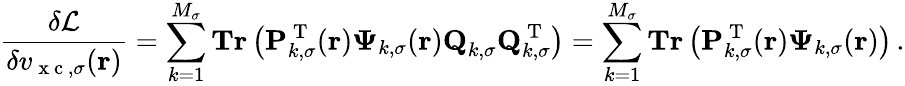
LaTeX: \frac{\delta\mathcal{L}}{\delta v_{\mathrm{~x~c~},\sigma}(\boldsymbol{\textbf{r}})}=\sum_{k=1}^{M_{\sigma}}\textbf{Tr}\left(\mathbf{P}_{k,\sigma}^{\mathrm{~T~}}(\boldsymbol{\textbf{r}})\boldsymbol{\Psi}_{k,\sigma}(\boldsymbol{\textbf{r}})\textbf{Q}_{k,\sigma}\textbf{Q}_{k,\sigma}^{\mathrm{~T~}}\right)=\sum_{k=1}^{M_{\sigma}}\textbf{Tr}\left(\mathbf{P}_{k,\sigma}^{\mathrm{~T~}}(\boldsymbol{\textbf{r}})\boldsymbol{\Psi}_{k,\sigma}(\boldsymbol{\textbf{r}})\right)\, .